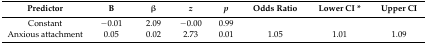
| Predictor | B | β | z | p | Odds Ratio | Lower CI * | Upper CI |
 | --- | --- | --- | --- | --- | --- | --- | --- |
 | Constant | −0.01 | 2.09 | −0.00 | 0.99 |  |  |  |
 | Anxious attachment | 0.05 | 0.02 | 2.73 | 0.01 | 1.05 | 1.01 | 1.09 |